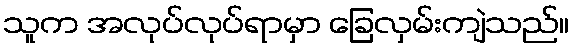
သူက အလုပ်လုပ်ရာမှာ ခြေလှမ်းကျဲသည်။